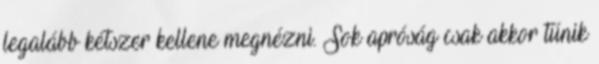
legalább kétszer kellene megnézni. Sok apróság csak akkor tűnik